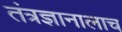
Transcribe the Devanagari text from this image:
तंत्रज्ञानालाच